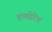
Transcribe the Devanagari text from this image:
हायड्रेटेड